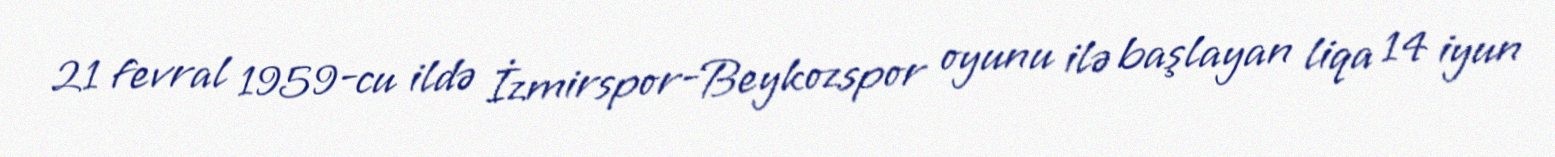
21 fevral 1959-cu ildə İzmirspor-Beykozspor oyunu ilə başlayan liqa 14 iyun